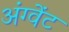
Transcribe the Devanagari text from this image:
अंग्वेंट